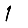
Digit: 1